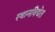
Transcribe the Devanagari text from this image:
स्थानविद्येत